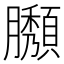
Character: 𦢶